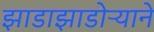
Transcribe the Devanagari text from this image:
झाडाझाडोऱ्याने